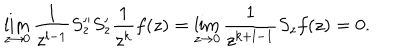
\lim _ { z \to 0 } \frac { 1 } { z ^ { l - 1 } } S _ { z } ^ { \prime \prime } S _ { z } ^ { \prime } \frac { 1 } { z ^ { k } } f ( z ) = \lim _ { z \to 0 } \frac { 1 } { z ^ { k + l - 1 } } S _ { z } f ( z ) = 0 .